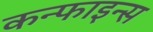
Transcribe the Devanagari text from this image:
कन्फाइन्स